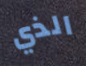
الذي